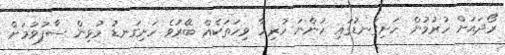
ރޯދައަށް ހުރުމުން ހަށިގަނޑުގައި ހުންނަ ހުރިހާ ވިހަތަކެއް ބޭރުވެ ހަށިގަނޑު މުޅިން ސާފުވުމަށް